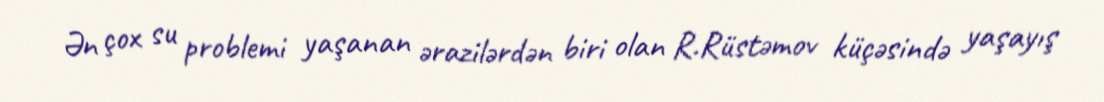
Ən çox su problemi yaşanan ərazilərdən biri olan R.Rüstəmov küçəsində yaşayış